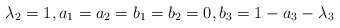
\begin{align*} \lambda_2=1, a_1=a_2=b_1=b_2=0, b_3=1-a_3-\lambda_3\end{align*}